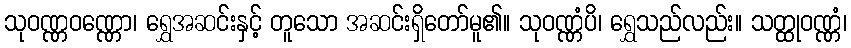
သုဝဏ္ဏဝဏ္ဏော၊ ရွှေအဆင်းနှင့် တူသော အဆင်းရှိတော်မူ၏။ သုဝဏ္ဏံပိ၊ ရွှေသည်လည်း။ သတ္ထုဝဏ္ဏံ၊